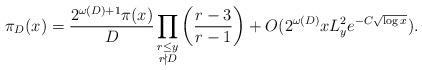
LaTeX: \begin{align*}\pi_D(x)=\frac{2^{\omega(D)+1}\pi(x)}{D} \prod_{\substack{r\leq y\\ r\nmid D}} \left(\frac{r-3}{r-1}\right)+O(2^{\omega(D)} xL_y^2e^{-C{\sqrt{\log x}}}).\end{align*}